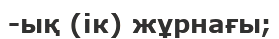
-ық (ік) жұрнағы;